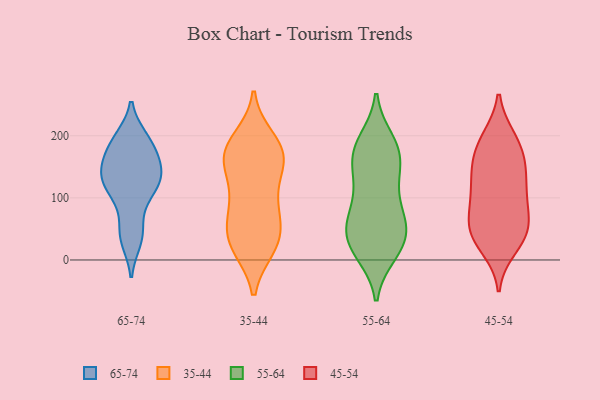
{"axis": {"x": "Satisfaction Score", "y": "Value"}, "legend": ["35-44", "45-54", "55-64", "65-74"], "data": [{"x": "", "y": 136, "type": "65-74"}, {"x": "", "y": 39, "type": "65-74"}, {"x": "", "y": 189, "type": "65-74"}, {"x": "", "y": 100, "type": "65-74"}, {"x": "", "y": 195, "type": "65-74"}, {"x": "", "y": 129, "type": "65-74"}, {"x": "", "y": 147, "type": "65-74"}, {"x": "", "y": 32, "type": "65-74"}, {"x": "", "y": 161, "type": "65-74"}, {"x": "", "y": 49, "type": "65-74"}, {"x": "", "y": 124, "type": "65-74"}, {"x": "", "y": 193, "type": "65-74"}, {"x": "", "y": 126, "type": "65-74"}, {"x": "", "y": 149, "type": "65-74"}, {"x": "", "y": 177, "type": "65-74"}, {"x": "", "y": 106, "type": "65-74"}, {"x": "", "y": 185, "type": "35-44"}, {"x": "", "y": 93, "type": "35-44"}, {"x": "", "y": 164, "type": "35-44"}, {"x": "", "y": 135, "type": "35-44"}, {"x": "", "y": 103, "type": "35-44"}, {"x": "", "y": 25, "type": "35-44"}, {"x": "", "y": 194, "type": "35-44"}, {"x": "", "y": 67, "type": "35-44"}, {"x": "", "y": 21, "type": "35-44"}, {"x": "", "y": 178, "type": "35-44"}, {"x": "", "y": 163, "type": "35-44"}, {"x": "", "y": 46, "type": "35-44"}, {"x": "", "y": 161, "type": "35-44"}, {"x": "", "y": 166, "type": "35-44"}, {"x": "", "y": 22, "type": "35-44"}, {"x": "", "y": 73, "type": "35-44"}, {"x": "", "y": 32, "type": "35-44"}, {"x": "", "y": 52, "type": "55-64"}, {"x": "", "y": 57, "type": "55-64"}, {"x": "", "y": 88, "type": "55-64"}, {"x": "", "y": 151, "type": "55-64"}, {"x": "", "y": 192, "type": "55-64"}, {"x": "", "y": 16, "type": "55-64"}, {"x": "", "y": 127, "type": "55-64"}, {"x": "", "y": 187, "type": "55-64"}, {"x": "", "y": 18, "type": "55-64"}, {"x": "", "y": 65, "type": "55-64"}, {"x": "", "y": 180, "type": "55-64"}, {"x": "", "y": 19, "type": "55-64"}, {"x": "", "y": 141, "type": "55-64"}, {"x": "", "y": 67, "type": "55-64"}, {"x": "", "y": 52, "type": "55-64"}, {"x": "", "y": 173, "type": "55-64"}, {"x": "", "y": 10, "type": "55-64"}, {"x": "", "y": 113, "type": "55-64"}, {"x": "", "y": 35, "type": "55-64"}, {"x": "", "y": 171, "type": "55-64"}, {"x": "", "y": 95, "type": "45-54"}, {"x": "", "y": 105, "type": "45-54"}, {"x": "", "y": 49, "type": "45-54"}, {"x": "", "y": 128, "type": "45-54"}, {"x": "", "y": 67, "type": "45-54"}, {"x": "", "y": 127, "type": "45-54"}, {"x": "", "y": 161, "type": "45-54"}, {"x": "", "y": 185, "type": "45-54"}, {"x": "", "y": 20, "type": "45-54"}, {"x": "", "y": 196, "type": "45-54"}, {"x": "", "y": 157, "type": "45-54"}, {"x": "", "y": 49, "type": "45-54"}, {"x": "", "y": 151, "type": "45-54"}, {"x": "", "y": 196, "type": "45-54"}, {"x": "", "y": 33, "type": "45-54"}, {"x": "", "y": 94, "type": "45-54"}, {"x": "", "y": 36, "type": "45-54"}, {"x": "", "y": 56, "type": "45-54"}]}